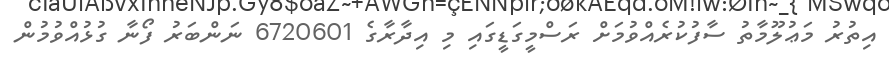
އިތުރު މަޢުލޫމާތު ސާފުކުރެއްވުމަށް ރަސްމީގަޑީގައި މި އިދާރާގެ 6720601 ނަންބަރު ފޯނާ ގުޅުއްވުމުން